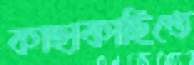
কাছাকাছিতে